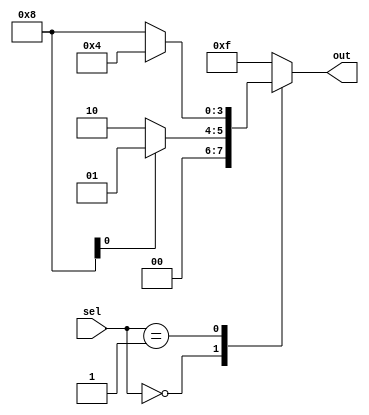
module case_example (
    input [1:0] sel,
    output reg [3:0] out
);

always @(*)
begin
    case(sel)
        2'b00: begin
            if(condition1)
                out <= 4'b0001;
            else
                out <= 4'b0010;
        end
        2'b01: begin
            if(condition2)
                out <= 4'b0100;
            else
                out <= 4'b1000;
        end
        default: begin
            out <= 4'b1111;
        end
    endcase
end

endmodule